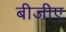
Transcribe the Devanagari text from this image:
बीजीए